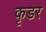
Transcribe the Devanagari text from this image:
कृडर